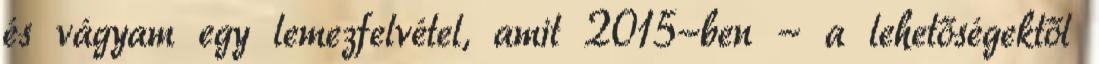
és vágyam egy lemezfelvétel, amit 2015-ben - a lehetőségektől